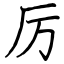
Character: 厉